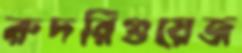
রুদরিগুয়েজ